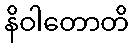
နိဝါတောတိ